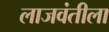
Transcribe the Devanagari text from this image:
लाजवंतीला